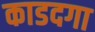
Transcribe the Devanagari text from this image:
काडदगा